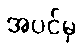
အပင်မှ